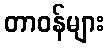
တာဝန်များ